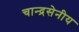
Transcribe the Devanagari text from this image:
चान्द्रसेनीय